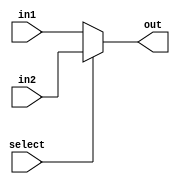
`ifndef MODULE_MUX_N_BIT
`define MODULE_MUX_N_BIT
module Mux_N_bit(in1,in2,out,select);
    parameter N = 32;
    input[N-1:0] in1,in2;
    input select;
    output[N-1:0] out;
    assign out = select?in2:in1;
endmodule
`endif